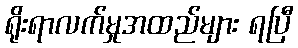
ရိုးရာလက်မှုအထည်များ ရပြီ